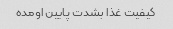
کیفیت غذا بشدت پایین اومده